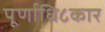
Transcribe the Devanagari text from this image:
पूर्णाधि८कार